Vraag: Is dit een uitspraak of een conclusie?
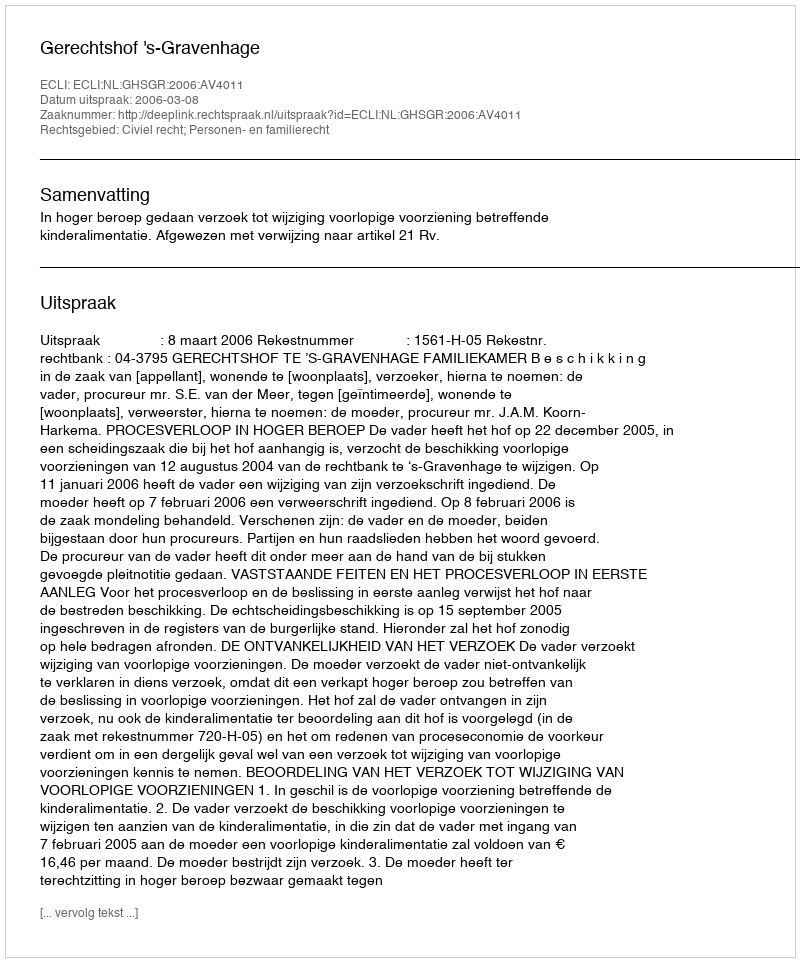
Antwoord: Uitspraak